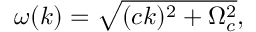
\omega ( k ) = \sqrt { ( c k ) ^ { 2 } + \Omega _ { c } ^ { 2 } } ,